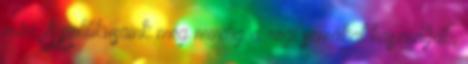
már. A politikusaink még mindig a régi sémákat használják,